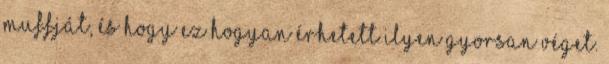
muffját, és hogy ez hogyan érhetett ilyen gyorsan véget.